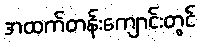
အထက်တန်းကျောင်းတွင်